Indian journal of veterinary science and animal husbandry - Volumes 24-25, 1954-1955
Year: 1954
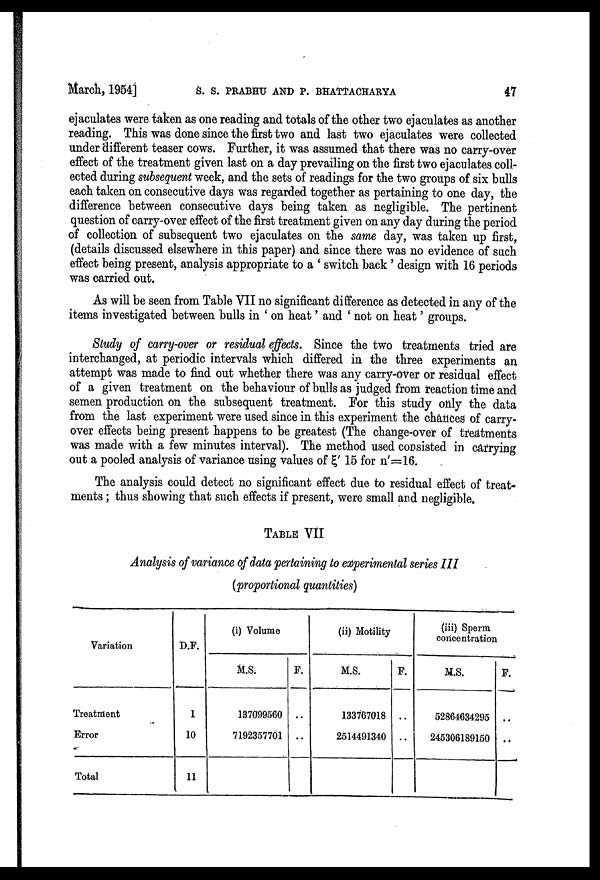
March, 1954] S. S. PRABHU AND P. BHATTACHARYA 47
ejaculates were taken as one reading and totals of the other two ejaculates as another
reading. This was done since the first two and last two ejaculates were collected
under different teaser cows. Further, it was assumed that there was no carry-over
effect of the treatment given last on a day prevailing on the first two ejaculates coll
ected during subsequent week, and the sets of readings for the two groups of six bulls
each taken on consecutive days was regarded together as pertaining to one day, the
difference between consecutive days being taken as negligible. The pertinent
question of carry-over effect of the first treatment given on any day during the period
of collection of subsequent two ejaculates on the same day, was taken up first,
(details discussed elsewhere in this paper) and since there was no evidence of such
effect being present, analysis appropriate to a ' switch back ' design with 16 periods
was carried out.
As will be seen from Table VII no significant difference as detected in any of the
items investigated between bulls in ' on heat' and ' not on heat' groups.
Study of carry-over or residual effects. Since the two treatments tried are
interchanged, at periodic intervals which differed in the three experiments an
attempt was made to find out whether there was any carry-over or residual effect
of a given treatment on the behaviour of bulls as judged from reaction time and
semen production on the subsequent treatment. For this study only the data
from the last experiment were used since in this experiment the chances of carry
over effects being present happens to be greatest (The change-over of treatments
was made with a few minutes interval). The method used consisted in carrying
out a pooled analysis of variance using values of ζ' 15 for n'=16.
The analysis could detect no significant effect due to residual effect of treat
ments ; thus showing that such effects if present, were small and negligible.
TABLE VII
Analysis of variance of data pertaining to experimental series III
(proportional quantities)
Variation
Treatment
Error
Total
D.P.
1
10
11
(i) Volume
M.S.
137099560
7192357701
F.
..
..
(ii) Motility
M.S.
133767018
2514491340
F.
..
..
(iii) Sperm
concentration
M.S.
52864634295
245306189150
F.
..
..